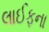
લાઈફના